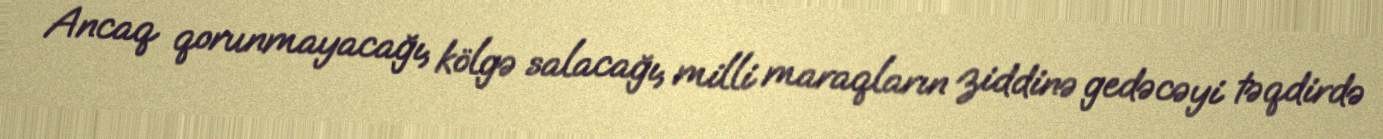
Ancaq qorunmayacağı, kölgə salacağı, milli maraqların ziddinə gedəcəyi təqdirdə